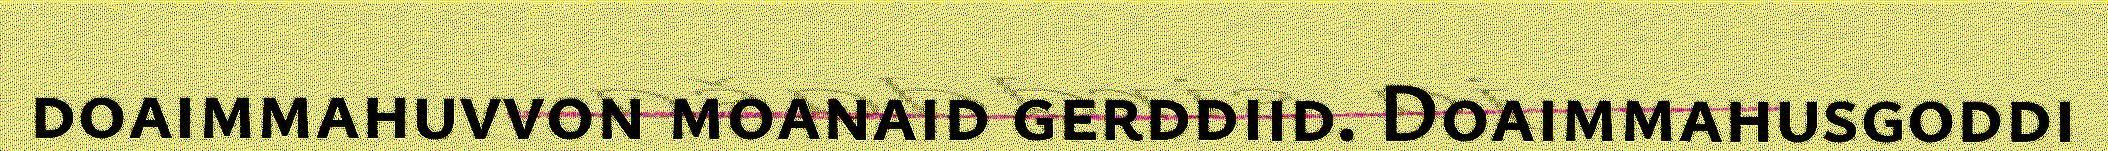
doaimmahuvvon moanaid gerddiid. Doaimmahusgoddi